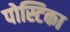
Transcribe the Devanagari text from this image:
पोस्टिका